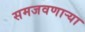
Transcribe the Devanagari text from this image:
समजवणाऱ्या